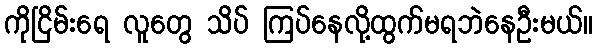
ကိုငြိမ်းရေ လူတွေ သိပ် ကြပ်နေလို့ထွက်မရဘဲနေဦးမယ်။